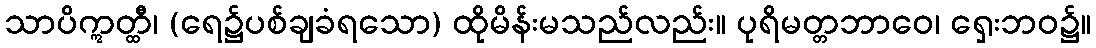
သာပိဣတ္ထီ၊ (ရေ၌ပစ်ချခံရသော) ထိုမိန်းမသည်လည်း။ ပုရိမတ္တဘာဝေ၊ ရှေးဘဝ၌။